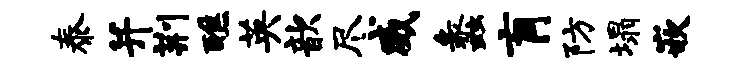
泰并荆醮英歆尽威蠡肓防塌嵌